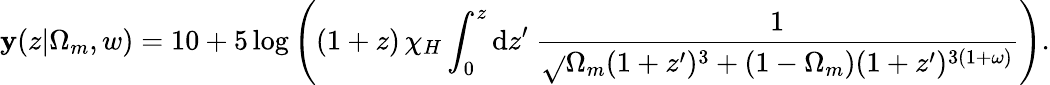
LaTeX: \mathbf{y}(z|\Omega_{m},w)=10+5\log\left((1+z)\, \chi_{H}\int_{0}^{z}\mathrm{{d}}{z^{\prime}}\: \frac{{1}}{{\sqrt{}{{\Omega_{m}(1+z^{\prime})^{3}+(1-\Omega_{m})(1+z^{\prime})^{3(1+\omega)}}}}}\right).